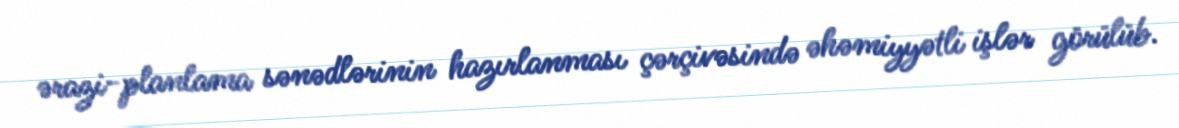
ərazi-planlama sənədlərinin hazırlanması çərçivəsində əhəmiyyətli işlər görülüb.